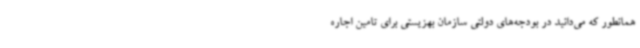
همانطور که می‌دانید در بودجه‌های دولتی سازمان بهزیستی برای تامین اجاره